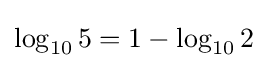
\log _{10}5=1-\log _{10}2